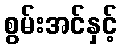
စွမ်းအင်နှင့်